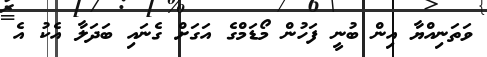
ވަތަނިއްޔާ އިން ބުނީ ފަހުން މޯޑަމްގެ އަގަށް ގެނައި ބަދަލާ އެކު އެ